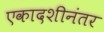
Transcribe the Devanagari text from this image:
एकादशीनंतर